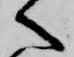
へ